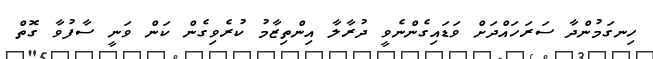
ހިނގަމުންދާ ސަރަހައްދަށް ވަޑައިގެންނެވީ ދުރާލާ އިންތިޒާމު ކުރެވިގެން ކަން ވަނީ ސާފުވާ ގޮތް